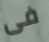
فى